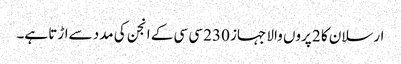
ارسلان کا 2 پروں والا جہاز 230 سی سی کے انجن کی مدد سےاڑتا ہے۔